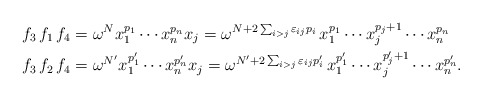
\begin{align*}f_3 \, f_1 \, f_4 & = \omega^N x_1^{p_1} \cdots x_n^{p_n} x_j= \omega^{N + 2\sum_{i>j} \varepsilon_{ij} p_i } \, x_1^{p_1} \cdots x_j^{p_j+1} \cdots x_n^{p_n} \\f_3 \, f_2 \, f_4 & = \omega^{N'} x_1^{p_1'} \cdots x_n^{p_n'} x_j = \omega^{N' + 2\sum_{i>j} \varepsilon_{ij} p_i' } \, x_1^{p_1'} \cdots x_j^{p_j'+1} \cdots x_n^{p_n'}.\end{align*}